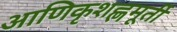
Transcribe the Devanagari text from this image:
आणिकृशह्णमूर्ती